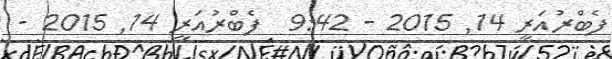
ފެބްރުއަރީ 14